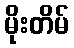
မိုးတိမ်